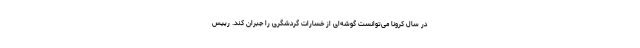
در سال کرونا می‌توانست گوشه‌ای از خسارات گردشگری را جبران کند. رییس